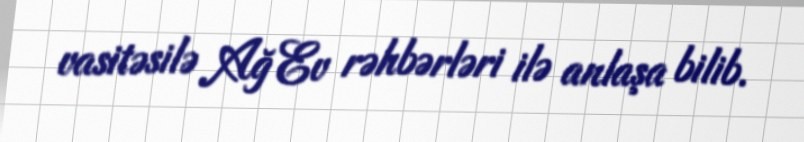
vasitəsilə Ağ Ev rəhbərləri ilə anlaşa bilib.